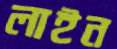
লাইন